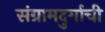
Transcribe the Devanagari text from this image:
संग्रामदुर्गाची